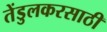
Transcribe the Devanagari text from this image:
तेंडुलकरसाठी